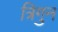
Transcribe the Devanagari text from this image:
त्रिगुन